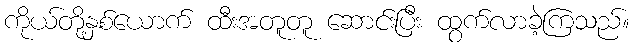
ကိုယ်တို့နှစ်ယောက် ထီးအတူတူ ဆောင်းပြီး ထွက်လာခဲ့ကြသည်။